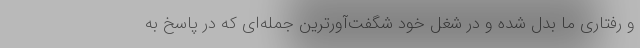
و رفتاری ما بدل شده و در شغل خود شگفت‌آورترین جمله‌ای که در پاسخ به